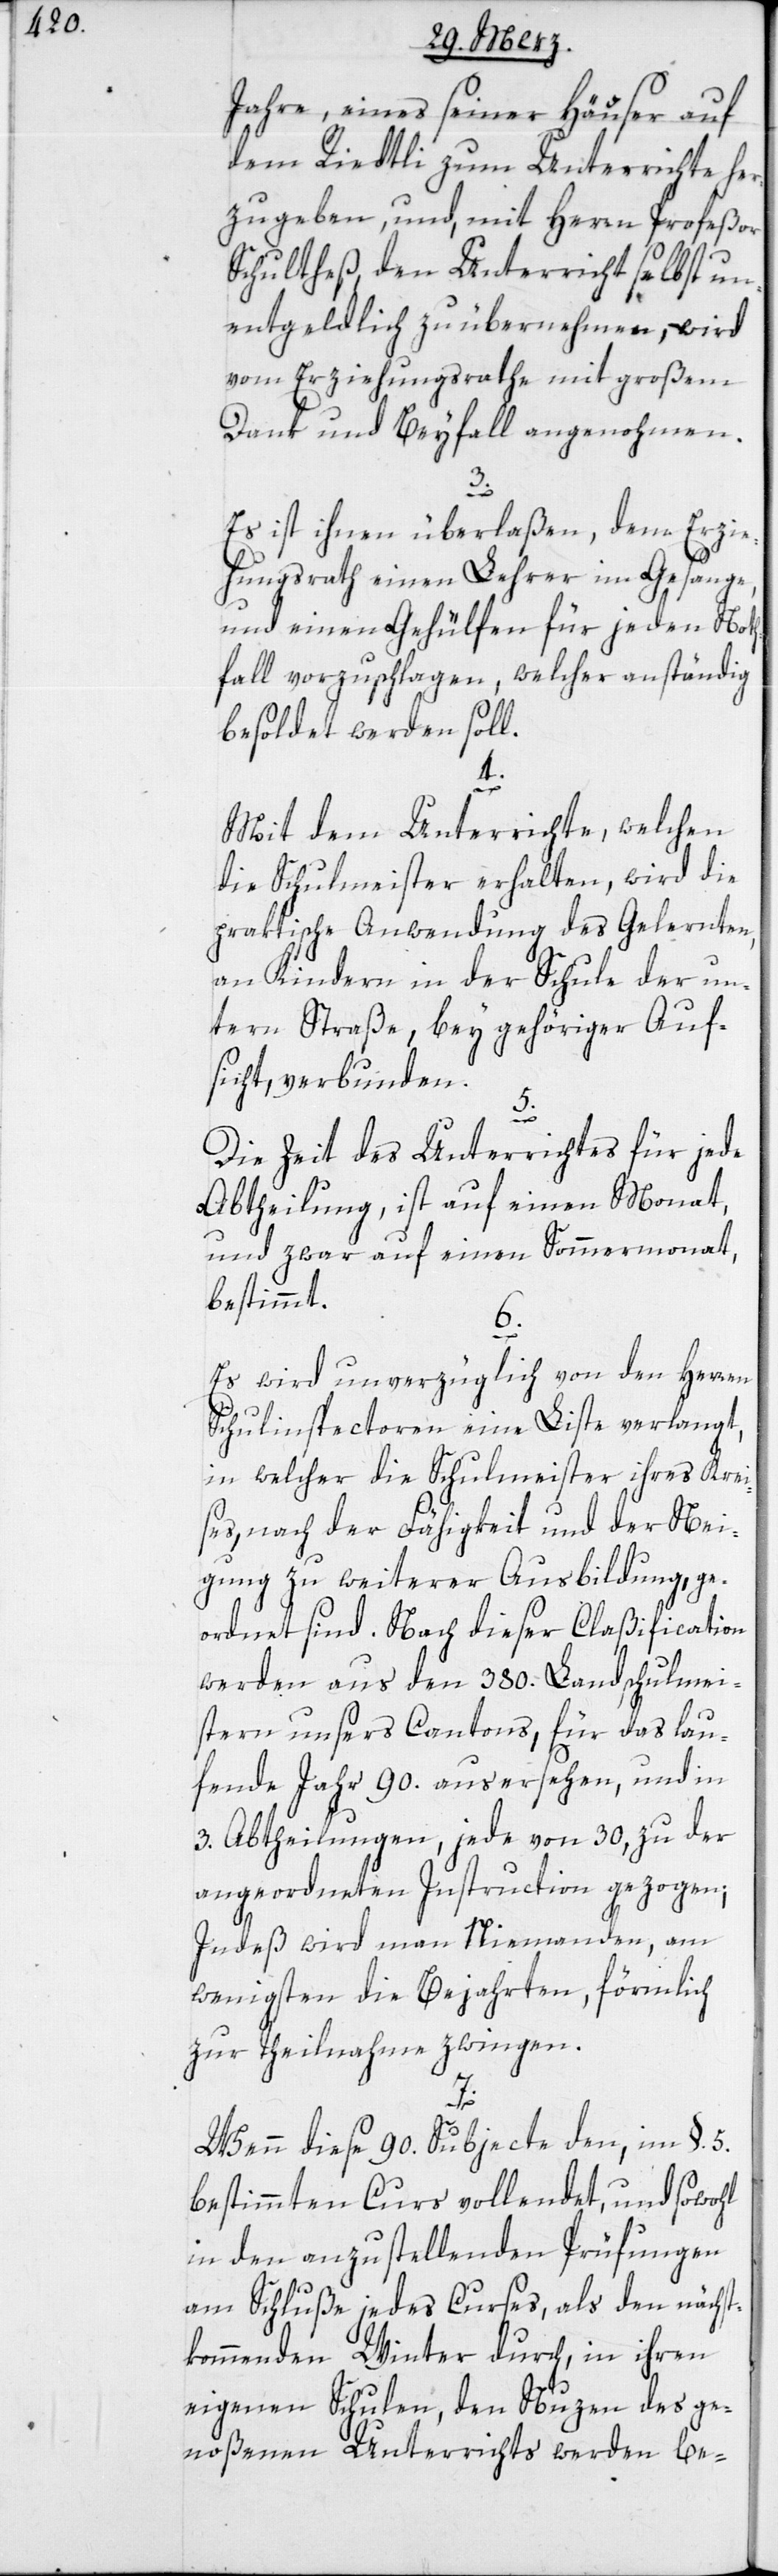
Jahre, eines seiner Häuser auf
dem Riedtli zum Unterrichte her¬
zugeben, und, mit Herrn Profeßor
Schultheß, den Unterricht selbst un¬
entgeldlich zu übernehmen, wird
vom Erziehungsrathe mit großem
Dank und Beyfall angenohmen.
3.
Es ist ihnen überlaßen, dem Erzie¬
hungsrath einen Lehrer im Gesange,
und einen Gehülfen für jeden Not¬
hfall vorzuschlagen, welcher anständig
besoldet werden soll.
4.
Mit dem Unterrichte, welchen
die Schulmeister erhalten, wird die
praktische Anwendung des Gelernten,
an Kindern in der Schule der un¬
tern Straße, bey gehöriger Auf¬
sicht, verbunden.
5.
Die Zeit des Unterrichtes für jede
Abtheilung, ist auf einen Monat,
und zwar auf einen Sommermonat,
bestimmt.
6.
Es wird unverzüglich von den Herren
Schulinspectoren eine Liste verlangt,
in welcher die Schulmeister ihres Krei¬
ses, nach der Fähigkeit und der Mei¬
nung zu weiterer Ausbildung, ge¬
ordnet sind. Nach dieser Claßification
werden aus den 380. Landschulmei¬
stern unsers Cantons, für das lau¬
fende Jahr 90. ausersehen, und in
3. Abtheilungen, jede zu 30, zu der
angeordneten Instruction gezogen;
Indeß wird man Niemanden, am
wenigsten die Bejahrten, förmlich
zur Theilnahme zwingen.
7.
Wenn diese 90. Subjecte den, im §. 5.
bestimmten Curs vollendet, und sowohl
in den anzustellenden Prüfungen
am Schluße jedes Curses, als den nächst
kommenden Winter durch, in ihren
eigenen Schulen, den Nuzen des ge¬
noßenen Unterrichts werden be-